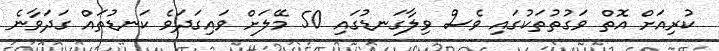
ކުރިއަށް އޮތް ވަގުތުތަކުގައި ވެސް ވިލާގަނޑުގައި 50 މޭލަށް ވައިގަދަވެ ކަނޑުތައް ގަދަވާނެ